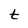
Character: t